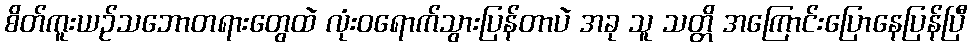
စိတ်ကူးယဉ်သဘောတရားတွေထဲ လုံးဝရောက်သွားပြန်တာပဲ အခု သူ သတ္တိ အကြောင်းပြောနေပြန်ပြီ